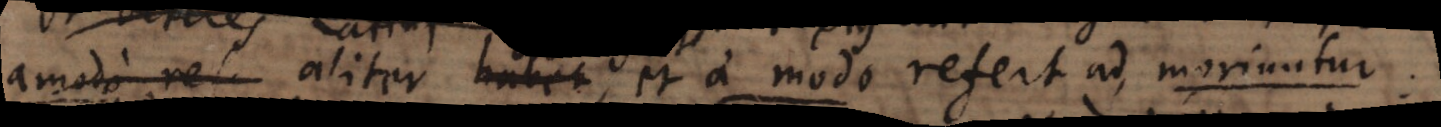
amodo ref aliter habet, et amodo refert ad moriuntur.